Report of the Bombay Veterinary College
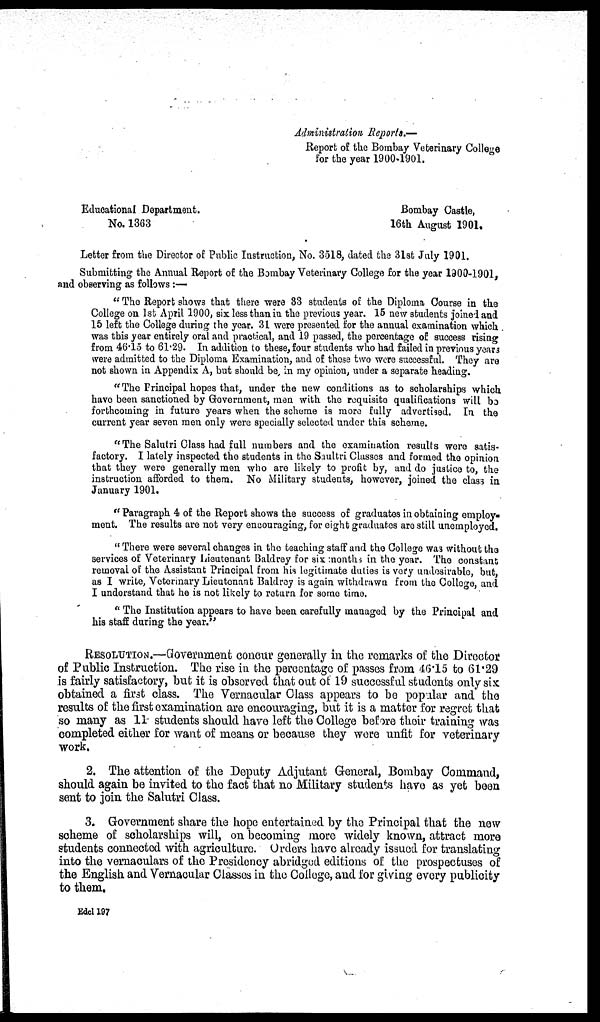
Administration Reports.—
Report of the Bombay Veterinary College
for the year 1900-1901.
Educational
Department.
Bombay Castle,
No. 1363
16th August 1901.
Letter from the Director of Public Instruction, No. 3518, dated the 31st July 1901.
Submitting the Annual Report of the Bombay Veterinary College for the year 1900-1901,
and observing as follows :—
" The Report shows that there were 33 students of the Diploma Course in the
College on 1st April 1900, six less than in the previous year. 15 new students joined and
15 left the College during the year. 31 were presented for the annual examination which
was this year entirely oral and practical, and 19 passed, the percentage of success rising
from 46.15 to 61.29. In addition to these, four students who had failed in previous years
were admitted to the Diploma Examination, and of these two were successful. They are
not shown in Appendix A, but should be, in my opinion, under a separate heading.
"The Principal hopes that, under the new conditions as to scholarships which
have been sanctioned by Government, men with the requisite qualifications will be
forthcoming in future years when the scheme is more fully advertised. In the
current year seven men only were specially selected under this scheme.
" The Salutri Class had full numbers and the examination results were satis-
factory. I lately inspected the students in the Saultri Classes and formed the opinion
that they were generally men who are likely to profit by, and do justice to, the
instruction afforded to them. No Military students, however, joined the class in
January 1901.
" Paragraph 4 of the Report shows the success of graduates in obtaining employ-
ment. The results are not very encouraging, for eight graduates are still unemployed.
" There were several changes in the teaching staff and the College was without the
services of Veterinary Lieutenant Baldrey for six months in the year. The constant
removal of the Assistant Principal from his legitimate duties is very undesirable, but,
as I write, Veterinary Lieutenant Baldrey is again withdrawn from the College, and
I understand that he is not likely to return for some time.
" The Institution appears to have been carefully managed by the Principal and
his staff during the year."
RESOLUTION.—Government concur generally in the remarks of the Director
of Public Instruction. The rise in the percentage of passes from 46.15 to 61.29
is fairly satisfactory, but it is observed that out of 19 successful students only six
obtained a first class. The Vernacular Class appears to be popular and the
results of the first examination are encouraging, but it is a matter for regret that
so many as 11 students should have left the College before their training was
completed either for want of means or because they were unfit for veterinary
work.
2. The attention of the Deputy Adjutant General, Bombay Command,
should again be invited to the fact that no Military students have as yet been
sent to join the Salutri Class.
3. Government share the hope entertained by the Principal that the new
scheme of scholarships will, on becoming more widely known, attract more
students connected with agriculture. Orders have already issued for translating
into the vernaculars of the Presidency abridged editions of the prospectuses of
the English and Vernacular Classes in the College, and for giving every publicity
to them.
Edcl 197